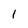
Character: 1